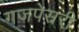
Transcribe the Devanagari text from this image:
गजपेसरी